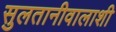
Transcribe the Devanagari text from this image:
सुलतानीवालाशी